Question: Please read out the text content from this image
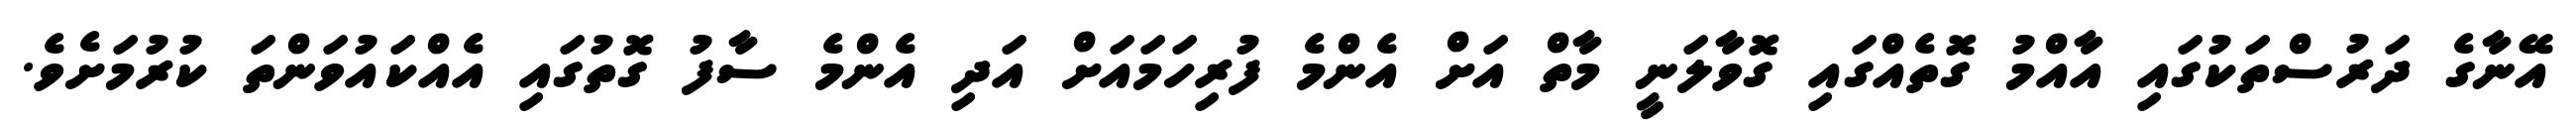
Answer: އޭނާގެ ދަރުސްތަކުގައި އާއްމު ގޮތެއްގައި ގޮވާލަނީ މާތް އަށް އެންމެ ފުރިހަމައަށް އަދި އެންމެ ސާފު ގޮތުގައި އެއްކައުވަންތަ ކުރުމަށެވެ.